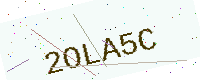
Text: 2OLA5C